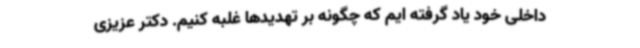
داخلی خود یاد گرفته ایم که چگونه بر تهدیدها غلبه کنیم. دکتر عزیزی